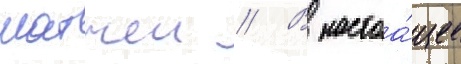
матчеи // В настоа́щее